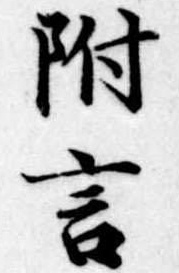
附言